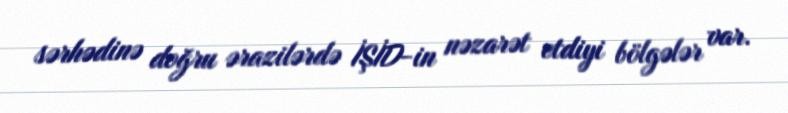
sərhədinə doğru ərazilərdə İŞİD-in nəzarət etdiyi bölgələr var.